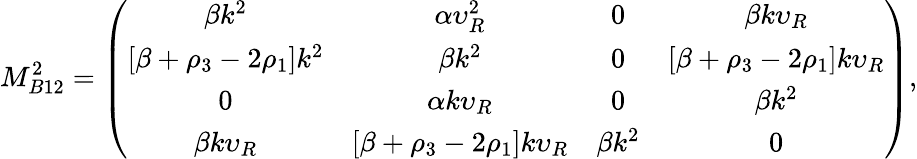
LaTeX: M_{B12}^{2}=\left(\begin{array}{cccc}{{\beta k^{2}}}&{{\alpha\upsilon_{R}^{2}}}&{{0}}&{{\beta k\upsilon_{R}}}\\ {{\left[\beta+\rho_{3}-2\rho_{1}\right]k^{2}}}&{{\beta k^{2}}}&{{0}}&{{\left[\beta+\rho_{3}-2\rho_{1}\right]k\upsilon_{R}}}\\ {{0}}&{{\alpha k\upsilon_{R}}}&{{0}}&{{\beta k^{2}}}\\ {{\beta k\upsilon_{R}}}&{{\left[\beta+\rho_{3}-2\rho_{1}\right]k\upsilon_{R}}}&{{\beta k^{2}}}&{{0}}\end{array}\right),